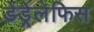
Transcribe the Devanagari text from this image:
डेंड्रेलेफिस